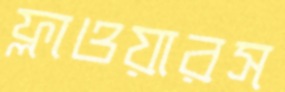
ফ্লাওয়ারস